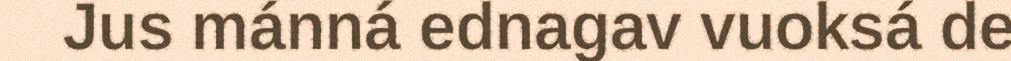
Jus mánná ednagav vuoksá de